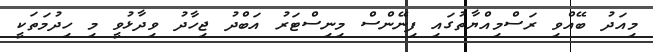
މިއަދު ބޭއްވި ރަސްމިއްޔާތުގައި ފިނޭންސް މިނިސްޓަރު އަބްދު ޖިހާދު ވިދާޅުވީ މި ހިދުމަތަކީ